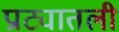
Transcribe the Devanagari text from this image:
प्राट्यातली